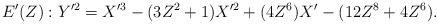
LaTeX: \begin{align*}E'(Z): Y'^2=X'^3-(3Z^2+1)X'^2+(4Z^6)X'-(12Z^8+4Z^6).\end{align*}